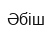
Әбіш